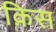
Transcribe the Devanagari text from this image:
क़िस